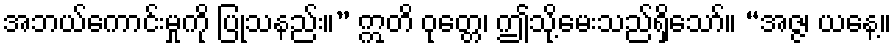
အဘယ်ကောင်းမှုကို ပြုသနည်း။” ဣတိ ဝုတ္တေ၊ ဤသို့မေးသည်ရှိသော်။ “အဇ္ဇ၊ ယနေ့။